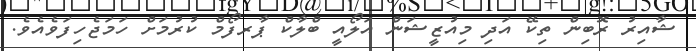
ޝާއިރު ރޮބިން ތިކޭ އަދި މިއުޒީޝަން އަލޯއީ ބްލާކް ޕާރފޯމް ކުރުމަށް ހަމަޖެހިފަވެއެވެ.